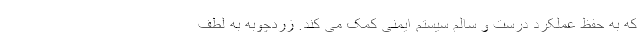
که به حفظ عملکرد درست و سالم سیستم ایمنی کمک می کند. زردچوبه به لطف